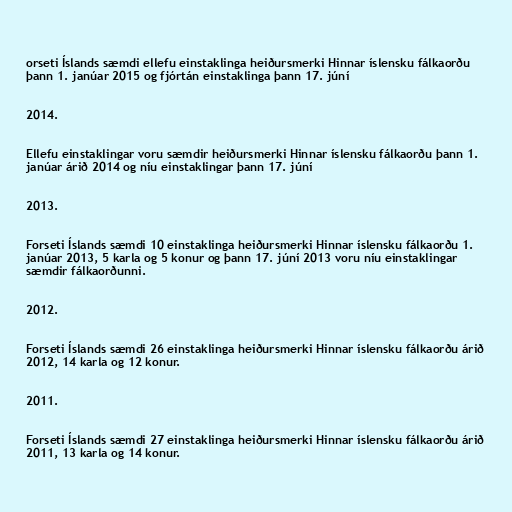
orseti Íslands sæmdi ellefu einstaklinga heiðursmerki Hinnar íslensku fálkaorðu
þann 1. janúar 2015 og fjórtán einstaklinga þann 17. júní

2014.

Ellefu einstaklingar voru sæmdir heiðursmerki Hinnar íslensku fálkaorðu þann 1.
janúar árið 2014 og níu einstaklingar þann 17. júní

2013.

Forseti Íslands sæmdi 10 einstaklinga heiðursmerki Hinnar íslensku fálkaorðu 1.
janúar 2013, 5 karla og 5 konur og þann 17. júní 2013 voru níu einstaklingar
sæmdir fálkaorðunni.

2012.

Forseti Íslands sæmdi 26 einstaklinga heiðursmerki Hinnar íslensku fálkaorðu árið
2012, 14 karla og 12 konur.

2011.

Forseti Íslands sæmdi 27 einstaklinga heiðursmerki Hinnar íslensku fálkaorðu árið
2011, 13 karla og 14 konur.